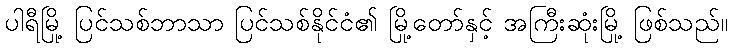
ပါရီမြို့ ပြင်သစ်ဘာသာ ပြင်သစ်နိုင်ငံ၏ မြို့တော်နှင့် အကြီးဆုံးမြို့ ဖြစ်သည်။